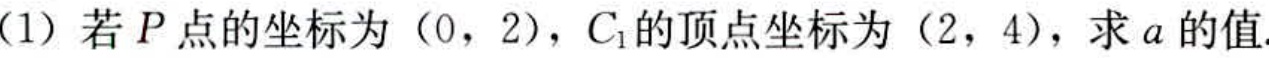
(1) 若\(P\)点的坐标为\((0,2)\)，\(C_{1}\)的顶点坐标为\((2,4)\)，求\(a\)的值.